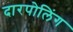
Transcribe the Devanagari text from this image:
दारपोलिंग